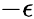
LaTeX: -\epsilon